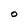
Character: O